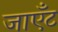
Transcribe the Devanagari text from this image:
जाएँट